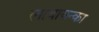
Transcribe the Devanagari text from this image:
लाबायन्का